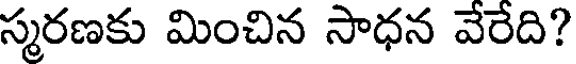
స్మరణకు మించిన సాధన వేరేది?